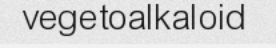
vegetoalkaloid